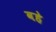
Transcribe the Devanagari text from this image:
वहे